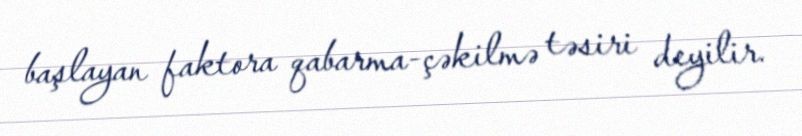
başlayan faktora qabarma-çəkilmə təsiri deyilir.